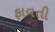
ફાવતી